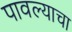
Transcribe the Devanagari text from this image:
पावल्याचा